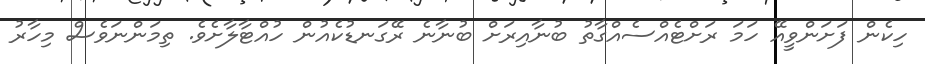
ހިކެން ފަށަންވީއޭ ހަމަ ރަށްޓެއްސެއްގާތު ބުނާއިރަށް ބުނާނެ ރޭގަނޑުކެއުން ހުއްޓާލާށެވެ. ތިމަންނަވެސް މިހާރު